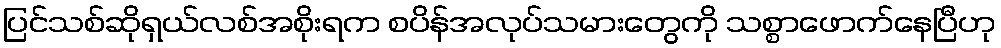
ပြင်သစ်ဆိုရှယ်လစ်အစိုးရက စပိန်အလုပ်သမားတွေကို သစ္စာဖောက်နေပြီဟု